Newspaper: The Salt Lake herald. [volume]
Place of publication: Salt Lake City [Utah]
Publisher: [W.C. Dunbar & E.L. Sloan]
Date: 1880-06-10 00:00:00
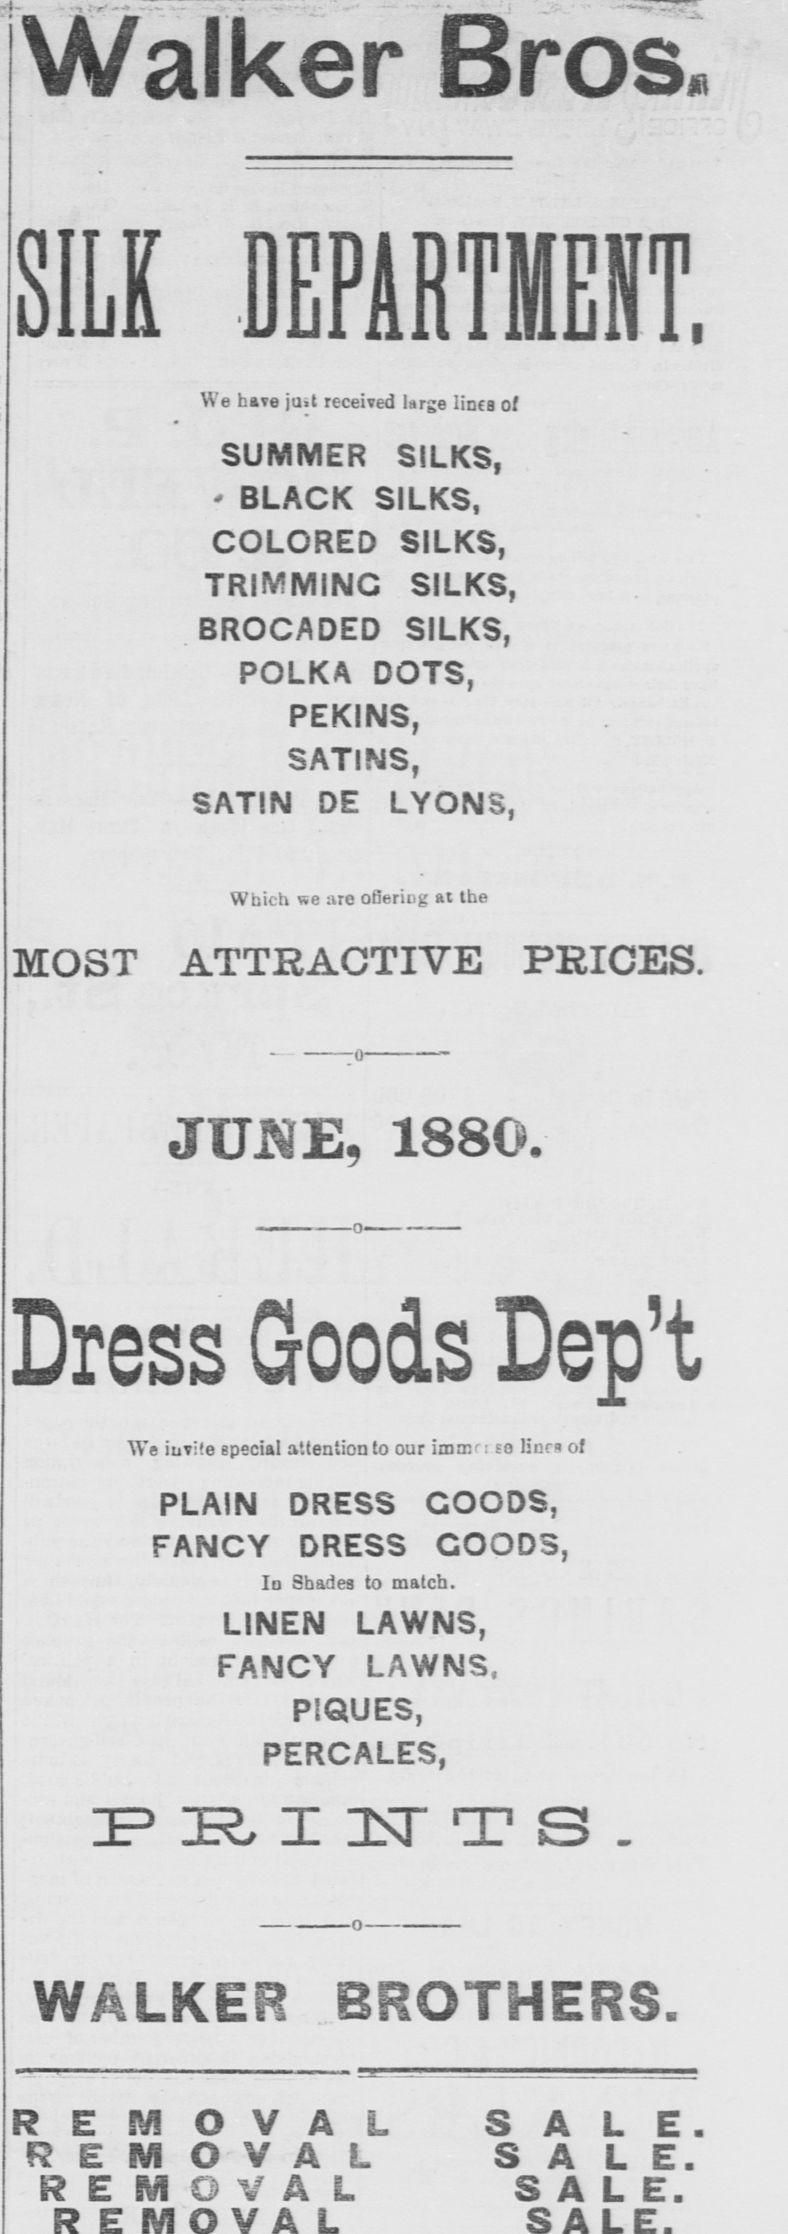
Advertisement text (OCR):
SILK DEPARTMENTS We have jiut = received large lines of SUMMER SILKS BLACK SILKS COLORED SILKS TRIMMING SILKS BROCADED SILKS h POLKA DOTS rle P I ttfIN f C SATINS SATIN DE LYONS Which we aro oDering at the MOST ATTRACTIVE PRICES 0 JUNE 18819 0 Dress Goods Dept We invite special attention our immr so liuca of PLAIN DRESS GOODS FANCY DRESS GOODS In Shades to match LINEN LAWNS FANCY LAWNS PIQUES PERCALES PRINTS 0 WALKER BROTHERSE REflOVAL SALE REMOVAL SALE EOYAL SALE
Label: text-only